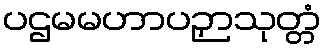
ပဌမမဟာပဉှာသုတ္တံ